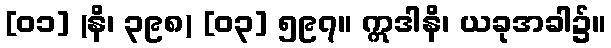
[၀၁] (နိ၊ ၃၉၈) [၀၃] ၅၉၇။ ဣဒါနိ၊ ယခုအခါ၌။